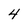
Character: 4